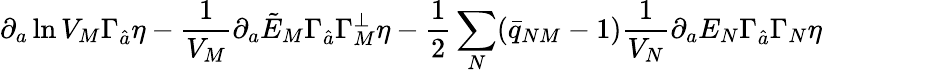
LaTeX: \partial_{a}\ln V_{M}\Gamma_{\hat{a}}\eta-{\frac{1}{V_{M}}}\partial_{a}\tilde{E}_{M}\Gamma_{\hat{a}}\Gamma_{M}^{\perp}\eta-{\frac{1}{2}}\sum_{N}(\bar{q}_{NM}-1){\frac{1}{V_{N}}}\partial_{a}E_{N}\Gamma_{\hat{a}}\Gamma_{N}\eta\qquad\qquad